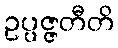
ဥပ္ပဇ္ဇတီတိ